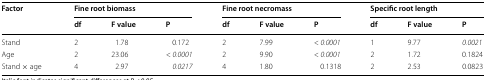
| <ROWSPAN=2> Factor | <COLSPAN=3> Fine root biomass | <COLSPAN=3> Fine root necromass | <COLSPAN=3> Specific root length |
 | df | F value | P | df | F value | P | df | F value | P |
 | --- | --- | --- | --- | --- | --- | --- | --- | --- | --- |
 | Stand | 2 | 1.78 | 0.172 | 2 | 7.99 | < 0.0001 | 1 | 9.77 | 0.0021 |
 | Age | 2 | 23.06 | < 0.0001 | 2 | 9.90 | < 0.0001 | 2 | 1.72 | 0.1824 |
 | Stand × age | 4 | 2.97 | 0.0217 | 4 | 1.80 | 0.1318 | 2 | 2.53 | 0.0823 |